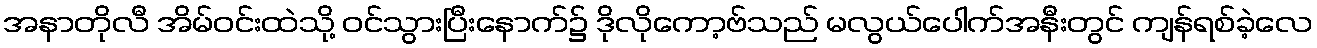
အနာတိုလီ အိမ်ဝင်းထဲသို့ ဝင်သွားပြီးနောက်၌ ဒိုလိုကော့ဗ်သည် မလွယ်ပေါက်အနီးတွင် ကျန်ရစ်ခဲ့လေ